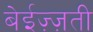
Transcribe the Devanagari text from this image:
बेईज़्ज़ती